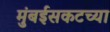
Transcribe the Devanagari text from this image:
मुंबईसकटच्या